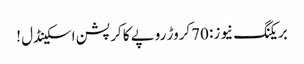
بریکنگ نیوز: 70کروڑ روپے کا کرپشن اسکینڈل !